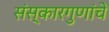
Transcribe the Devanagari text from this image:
संस्कारगुणांचे